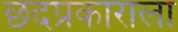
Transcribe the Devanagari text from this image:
छदप्रकाराला